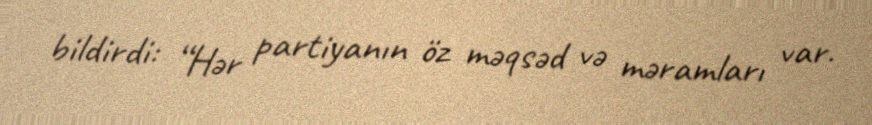
bildirdi: “Hər partiyanın öz məqsəd və məramları var.